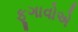
ફૂગાવોએ